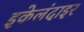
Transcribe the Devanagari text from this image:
इकेलंदाइर